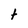
Character: t